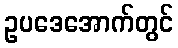
ဥပဒေအောက်တွင်